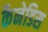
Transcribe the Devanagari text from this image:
कैनेडिस